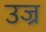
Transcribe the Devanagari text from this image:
उज्र